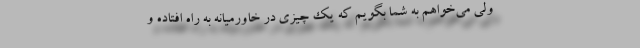
ولی می‌خواهم به شما بگویم که یک چیزی در خاورمیانه به راه افتاده و